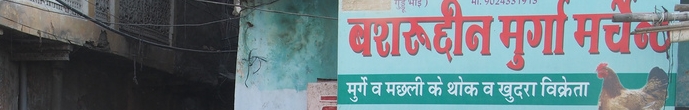
Language: hindi
Transcription: मुर्गा खुदरा के मछली व मचे बशरुद्दीन मुर्गे भाई थोक विक्रेता व